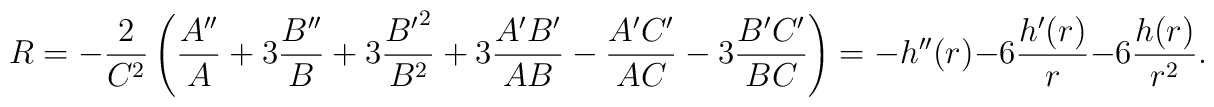
R = -\frac{2}{C^2}\left( \frac{A''}{A} + 3 \frac{B''}{B}+ 3 \frac{{B'}^2}{B^2} + 3 \frac{A'B'}{AB}-\frac{A'C'}{AC} - 3 \frac{B'C'}{BC} \right)=-h''(r)-6\frac{h'(r)}{r}-6 \frac{h(r)}{r^2}.